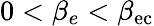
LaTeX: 0<\beta_{e}<\beta_{\mathrm{{ec}}}